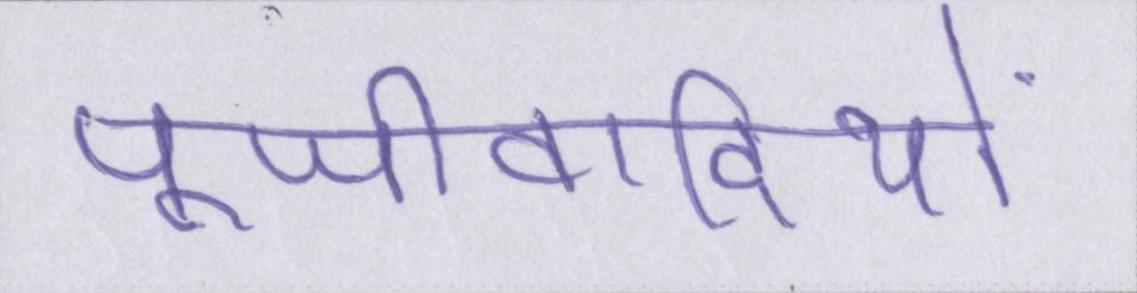
पूँजीवादियों